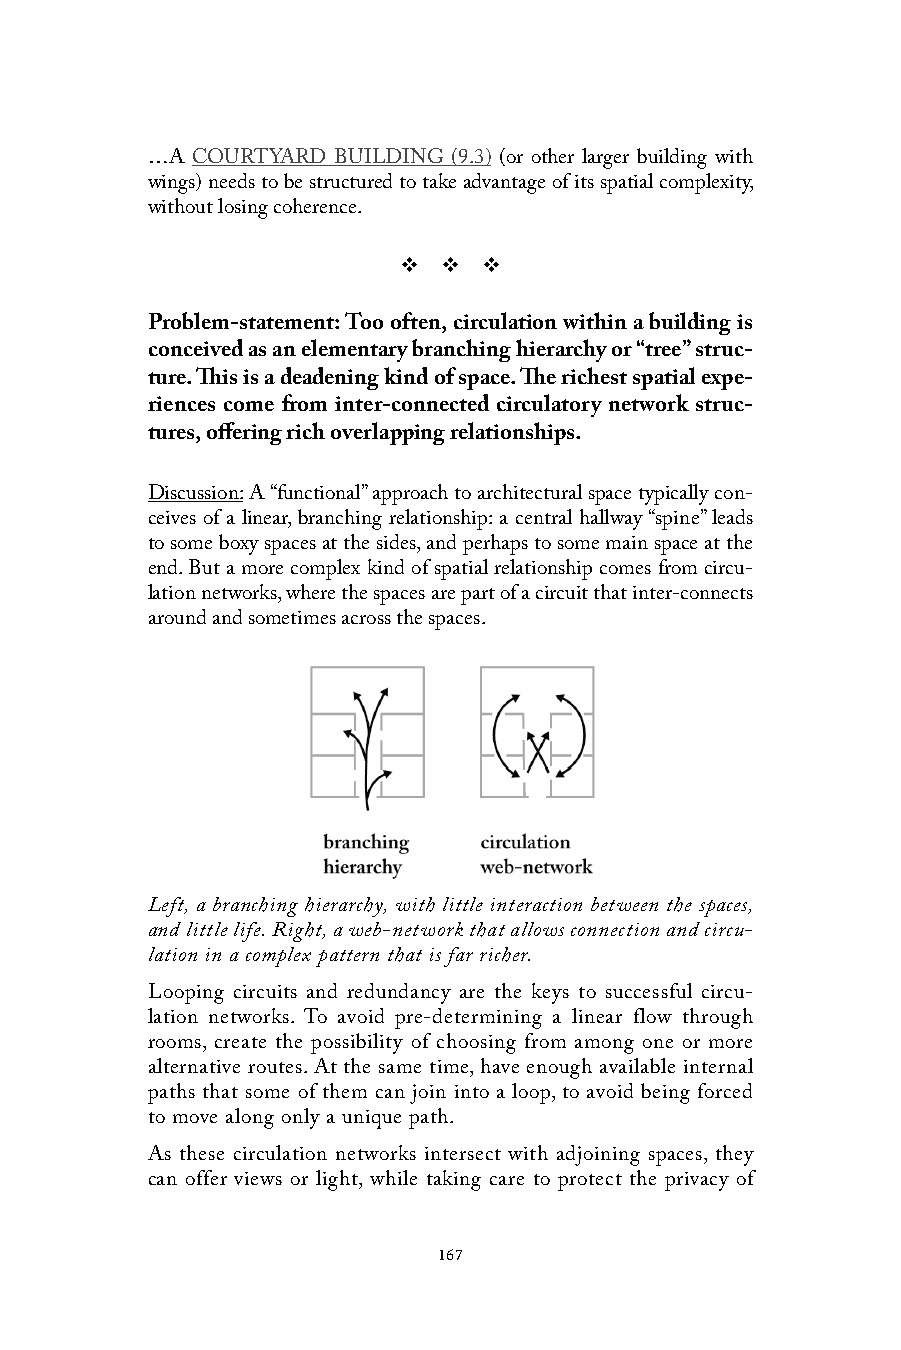
…A COURTYARD BUILDING (9.3) (or other larger building with
 wings) needs to be structured to take advantage of its spatial complexity,
 without losing coherence.
 v  v  v
 Problem-statement: Too often, circulation within a building is
 conceived as an elementary branching hierarchy or “tree” struc-
 ture. This is a deadening kind of space. The richest spatial expe-
 riences come from inter-connected circulatory network struc-
 tures, offering rich overlapping relationships.
 Discussion: A “functional” approach to architectural space typically con-
 ceives of a linear, branching relationship: a central hallway “spine” leads
 to some boxy spaces at the sides, and perhaps to some main space at the
 end. But a more complex kind of spatial relationship comes from circu-
 lation networks, where the spaces are part of a circuit that inter-connects
 around and sometimes across the spaces.
 Left, a branching hierarchy, with little interaction between the spaces,
 and little life. Right, a web-network that allows connection and circu-
 lation in a complex pattern that is far richer.
 Looping circuits and redundancy are the keys to successful circu-
 lation networks. To avoid pre-determining a linear flow through
 rooms, create the possibility of choosing from among one or more
 alternative routes. At the same time, have enough available internal
 paths that some of them can join into a loop, to avoid being forced
 to move along only a unique path.
 As these circulation networks intersect with adjoining spaces, they
 can offer views or light, while taking care to protect the privacy of
 167